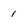
Character: 1